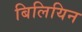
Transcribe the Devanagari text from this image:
बिलियिन